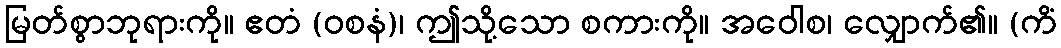
မြတ်စွာဘုရားကို။ ဧတံ (ဝစနံ)၊ ဤသို့သော စကားကို။ အဝေါစ၊ လျှောက်၏။ (ကိံ